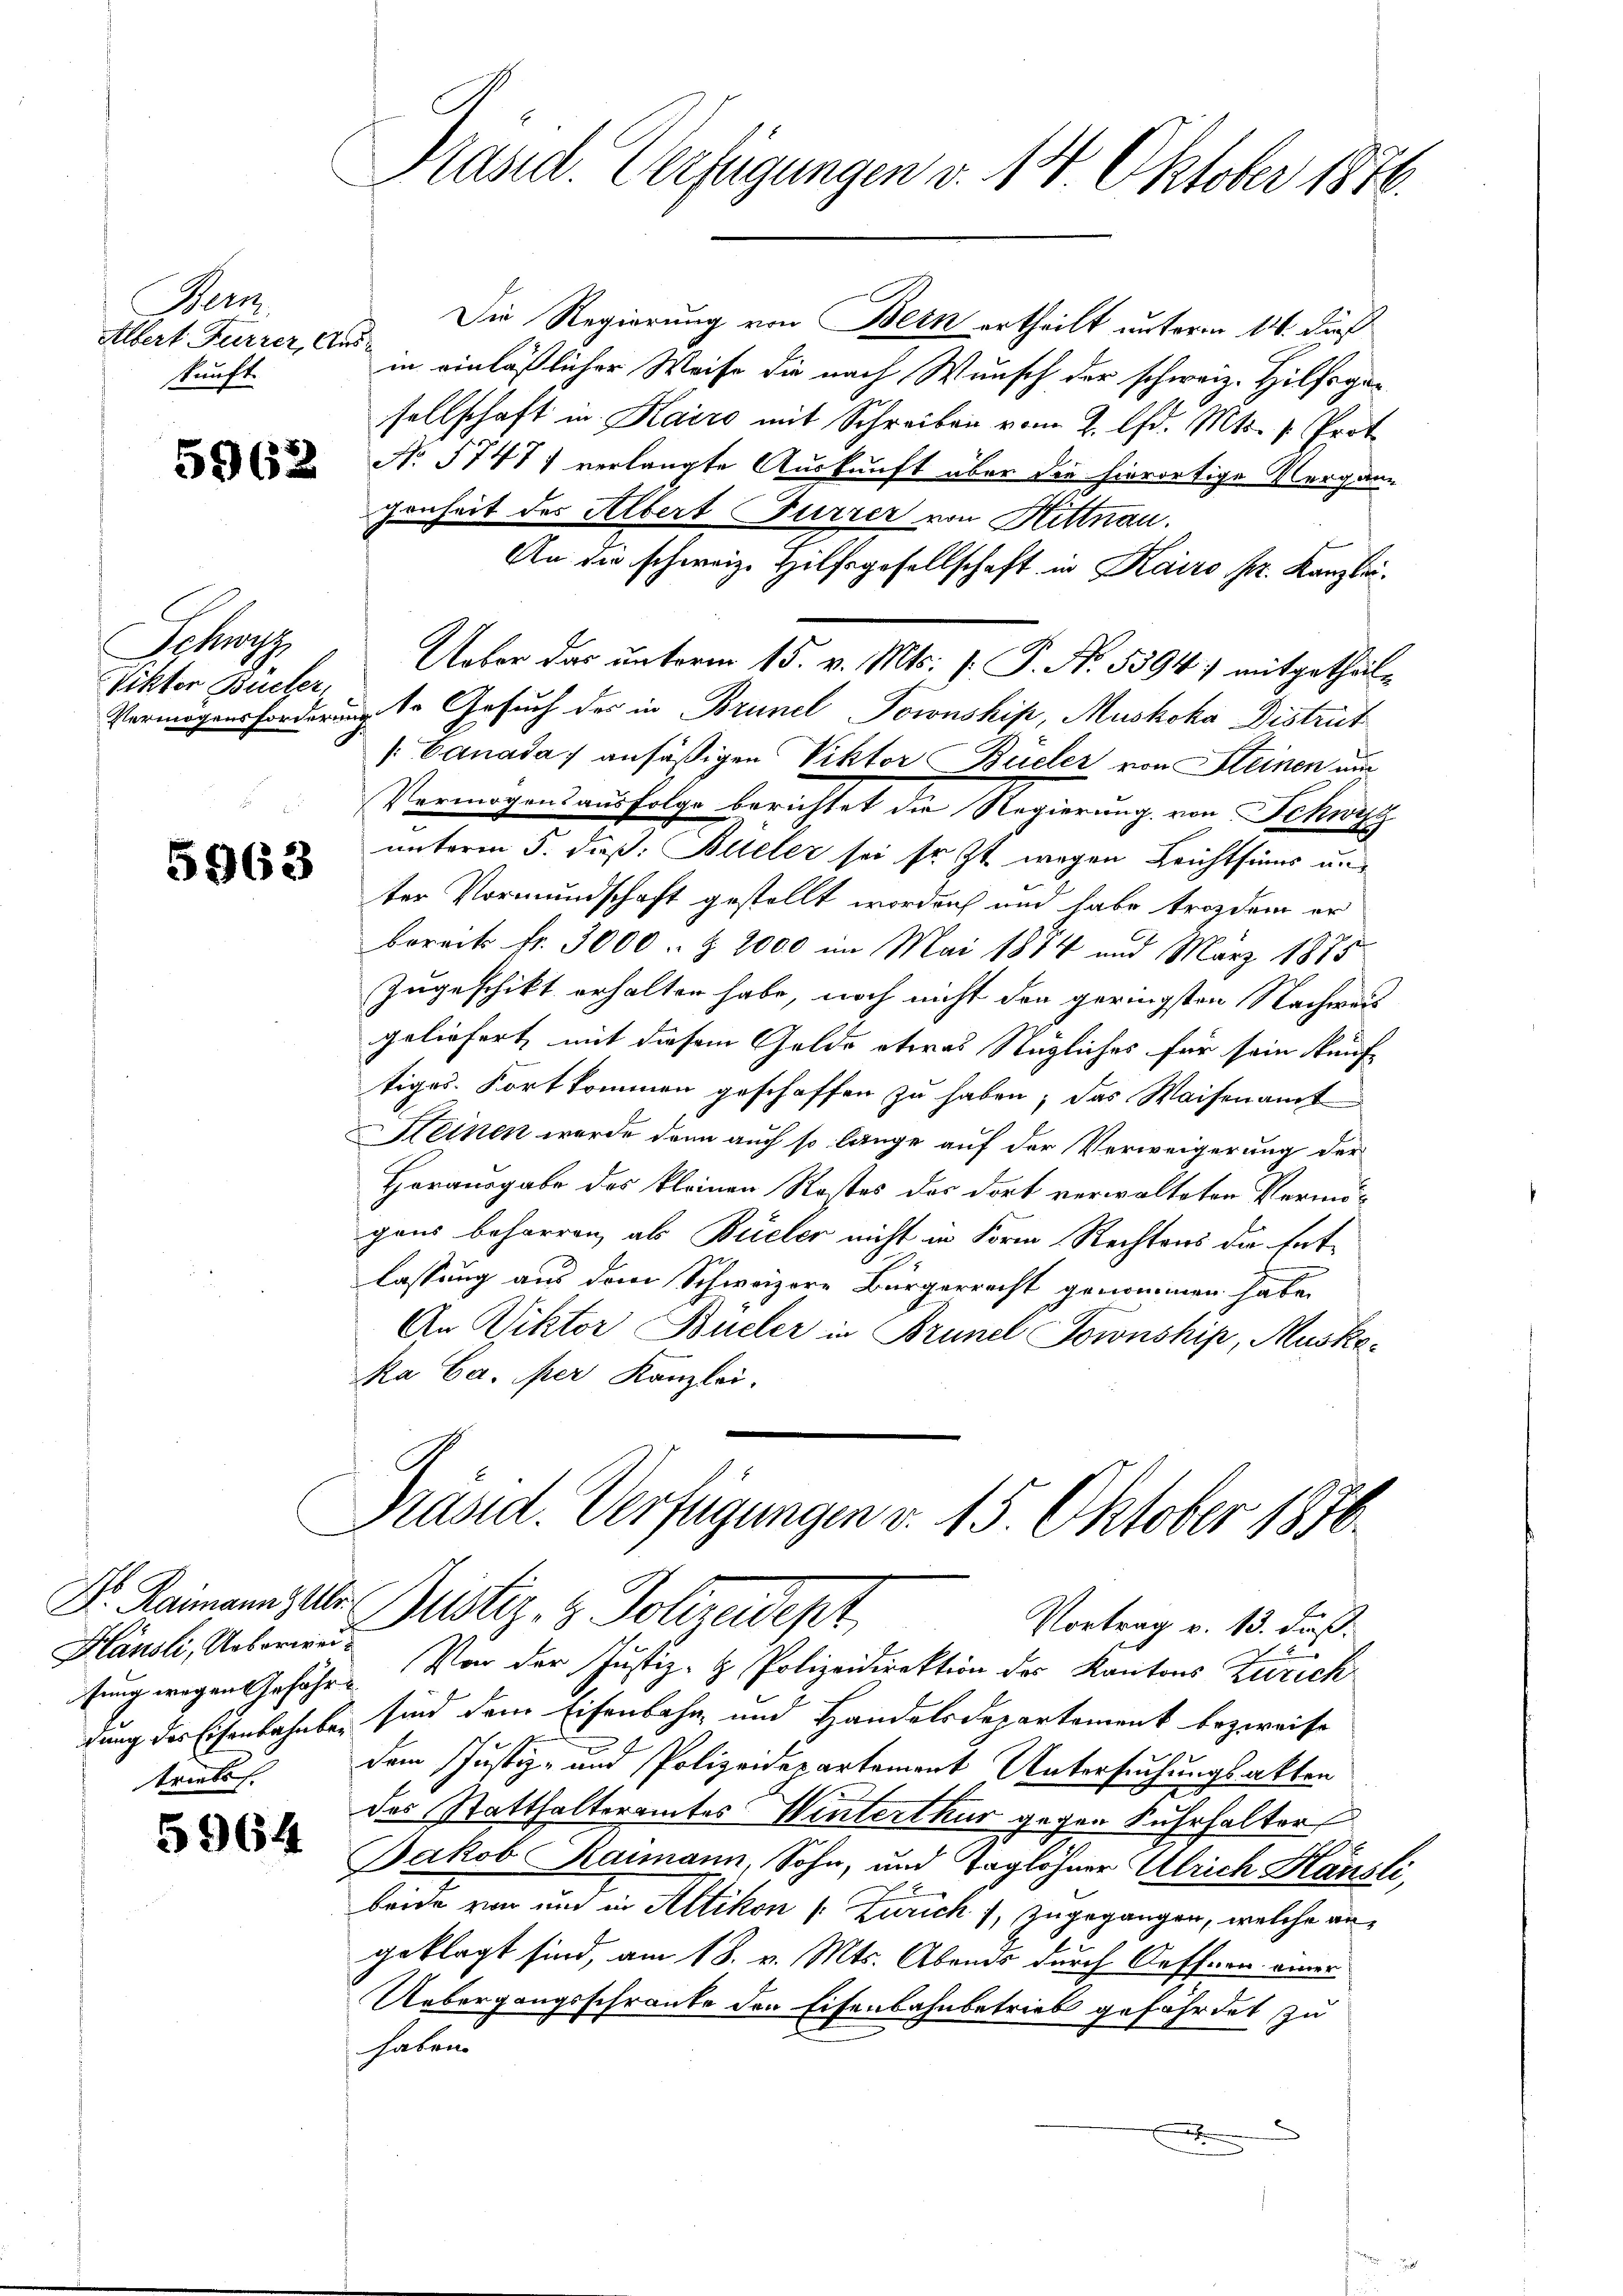
Bem
Albert Furrer, Aus
kunft.

5962

Schra
Vikter Bücher,

5963

Hänsli, Ueberweitriebs

5964

Präsid. Verfügungen v. 14 Oktober 1890.

Die Regierung von Bern ertheilt unterm 14. dieß
in einläßlicher Weise die nach Wunsch der schweiz. Hilfsgesellschaft in Kairo mit Schreiben vom 2. lfd. Mts. v. Prot
No 57471 verlangte Auskunft über die hierortige Vergann
genheit der Albert Furrer von Hittnau.
An die schweiz. Hilfsgesellschaft in Kairo pr. Kanzlei.
Ueber das unterm 15. v. Mts. [: P. No. 5394) mitgetheil¬
Vermögensforderungste Gesuch des in Brunel Tornship, Muskoka Distrit
/Canada ansäßigen Viktor Büeler von Heinen und
Vermögensausfolge berichtet die Regierung von Schwyz
unterm 5. daß. Bolleler sei fr. Zt. wegen Leichtsins u.
ter Vormundschaft gestellt worden, und habe trozdem er
bereits fr. 3000. Z. 2000 im Mai 1874 und März 1875
Zugeschikt erhalten habe, noch nicht den geringsten Nachweis
geliefert, mit diesem Gelde etwas Stügliches für sein künf
tiges Fortkommen geschaffen zu haben, das Waisenamt
HHeinen werde dann auch so lange auf der Verweigerung der
Horausgabe des kleinen Rostes des dort verwalteten Vermögens beharren, als Büeler nicht in Form Rechtens der Ent-
lassung aus dem Schweizere Bürgerrecht genommen habe.
An Viktor Büeler in Brunel Fownship, Muske¬
Ra Ca. per Kanzlei.

Präsid. Verfügungen v. 15. Oktober 1876
Dr. Raimann aber Justiz- & Polizeidept
Vortrag v. 13. daß
tung wegen Gefähr. Von der Justiz- & Polizeidirektion der Kantons Zürich

gung der Eisenbahnbe, sind dem Eisenbahn- und Handelsdepartement bezweife

dem Justiz- und Polizeidepartement Untersuchungsakten
des Statthalteramtes Winterthur gegen Fuhrhalter
Jakob Raimann, Sohn, und Taglöhner Ulrich Hänsli,
beide von und in Altikon (: Zürich), zugegangen, welche angeklagt sind, am 18. v. Mts. Abends durch Oeffnen einer
Uebergangsschränke den Eisenbahnbetrieb gefährdet zu
haben.
h